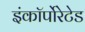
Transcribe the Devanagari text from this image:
इंकॉर्पोरेटेड